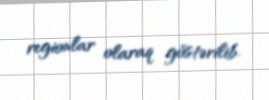
regionlar olaraq göstərilib.